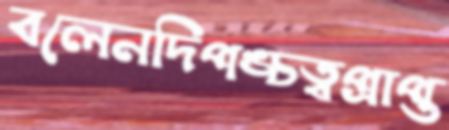
বলেনদিপঙ্চত্বপ্রাপ্ত